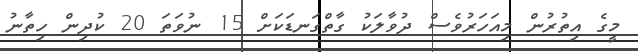
މީގެ އިތުރުން މިއަހަރުވެސް ދުވާލަކު ގާތްގަނޑަކަށް 15 ނުވަތަ 20 ކުދިން ހިތާނު